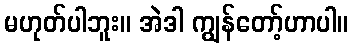
မဟုတ်ပါဘူး။ အဲဒါ ကျွန်တော့်ဟာပါ။